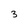
Character: 3